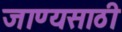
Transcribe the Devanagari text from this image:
जाण्यसाठी